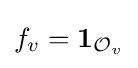
f_{v}=\mathbf {1} _{{\mathcal {O}}_{v}}